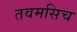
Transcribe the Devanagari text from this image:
तवमसिच